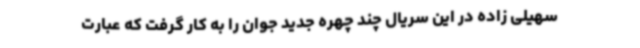
سهیلی زاده در این سریال چند چهره جدید جوان را به کار گرفت که عبارت